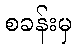
စခန်းမှ